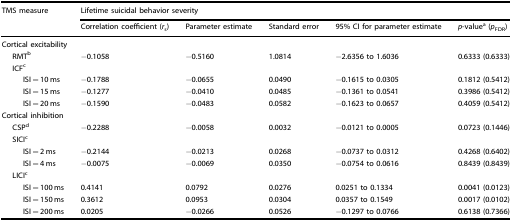
<table><thead><tr><td rowspan="2"><b>TMS measure</b></td><td colspan="5"><b>Lifetime suicidal behavior severity</b></td></tr><tr><td><b>Correlation coefficient (<i>r</i><sub>s</sub>)</b></td><td><b>Parameter estimate</b></td><td><b>Standard error</b></td><td><b>95% CI for parameter estimate</b></td><td><b><i>p</i>-value<sup>a</sup> (<i>p</i><sub>FDR</sub>)</b></td></tr></thead><tbody><tr><td colspan="6">Cortical excitability</td></tr><tr><td>RMT<sup>b</sup></td><td>−0.1058</td><td>−0.5160</td><td>1.0814</td><td>−2.6356 to 1.6036</td><td>0.6333 (0.6333)</td></tr><tr><td colspan="6">ICF<sup>c</sup></td></tr><tr><td>ISI = 10 ms</td><td>−0.1788</td><td>−0.0655</td><td>0.0490</td><td>−0.1615 to 0.0305</td><td>0.1812 (0.5412)</td></tr><tr><td>ISI = 15 ms</td><td>−0.1277</td><td>−0.0410</td><td>0.0485</td><td>−0.1361 to 0.0541</td><td>0.3986 (0.5412)</td></tr><tr><td>ISI = 20 ms</td><td>−0.1590</td><td>−0.0483</td><td>0.0582</td><td>−0.1623 to 0.0657</td><td>0.4059 (0.5412)</td></tr><tr><td colspan="6">Cortical inhibition</td></tr><tr><td>CSP<sup>d</sup></td><td>−0.2288</td><td>−0.0058</td><td>0.0032</td><td>−0.0121 to 0.0005</td><td>0.0723 (0.1446)</td></tr><tr><td colspan="6">SICI<sup>c</sup></td></tr><tr><td>ISI = 2 ms</td><td>−0.2144</td><td>−0.0213</td><td>0.0268</td><td>−0.0737 to 0.0312</td><td>0.4268 (0.6402)</td></tr><tr><td>ISI = 4 ms</td><td>−0.0075</td><td>−0.0069</td><td>0.0350</td><td>−0.0754 to 0.0616</td><td>0.8439 (0.8439)</td></tr><tr><td colspan="6">LICI<sup>c</sup></td></tr><tr><td>ISI = 100 ms</td><td>0.4141</td><td>0.0792</td><td>0.0276</td><td>0.0251 to 0.1334</td><td>0.0041 (0.0123)</td></tr><tr><td>ISI = 150 ms</td><td>0.3612</td><td>0.0953</td><td>0.0304</td><td>0.0357 to 0.1549</td><td>0.0017 (0.0102)</td></tr><tr><td>ISI = 200 ms</td><td>0.0205</td><td>−0.0266</td><td>0.0526</td><td>−0.1297 to 0.0766</td><td>0.6138 (0.7366)</td></tr></tbody></table>